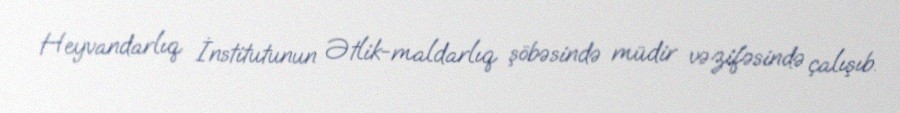
Heyvandarlıq İnstitutunun Ətlik-maldarlıq şöbəsində müdir vəzifəsində çalışıb.